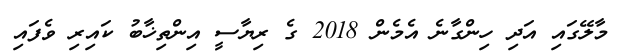
މާލޭގައި އަދި ހިންގާނެ އެމެން 2018 ގެ ރިޔާސީ އިންތިޚާބު ކައިރި ވެފައި